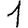
Digit: 1